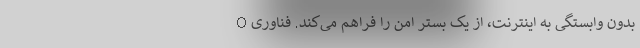
بدون وابستگی به اینترنت، از یک بستر امن را فراهم می‌کند. فناوری O